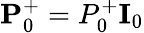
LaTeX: \textbf{P}_{0}^{+}=P_{0}^{+}\textbf{I}_{0}